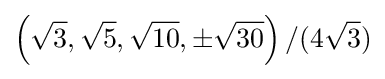
\left({\sqrt {3}},{\sqrt {5}},{\sqrt {10}},\pm {\sqrt {30}}\right)/(4{\sqrt {3}})